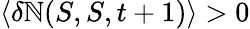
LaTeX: \langle\delta\mathbb{N}(S,S,t+1)\rangle>0